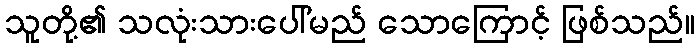
သူတို့၏ သလုံးသားပေါ်မည် သောကြောင့် ဖြစ်သည်။